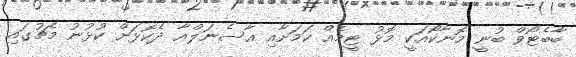
ބާބެޓޯވް ބުނީ މޮނާކޯއަކީ މޮޅު ޓީމެއް ކަމަށާއި އާސެނަލްއާ ދެކޮޅަށް ކުޅުނު މެޗުގައި